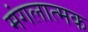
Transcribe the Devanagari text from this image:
मंगलात्मक